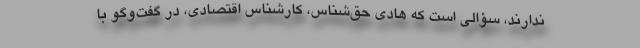
ندارند، سؤالی است كه هادی حق‌شناس، كارشناس اقتصادی، در گفت‌وگو با